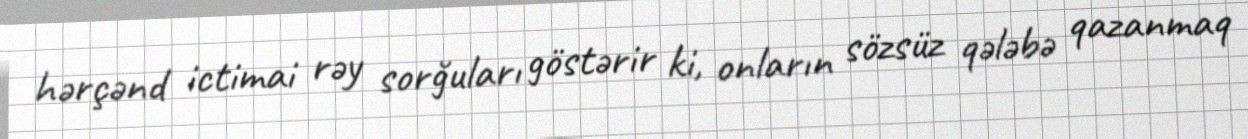
hərçənd ictimai rəy sorğuları göstərir ki, onların sözsüz qələbə qazanmaq